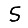
Digit: 5